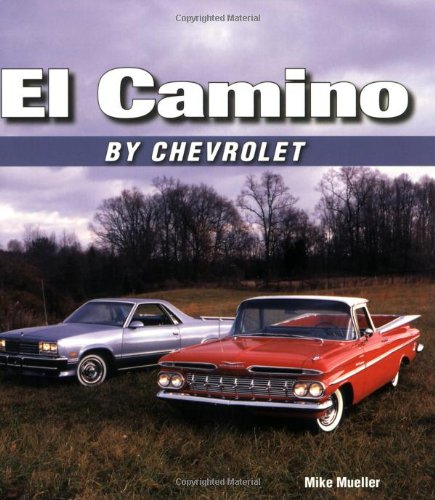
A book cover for El Camino by Chevrolet; Mike Mueller; Engineering & Transportation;